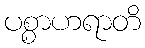
ပစ္စာဟရာတိ